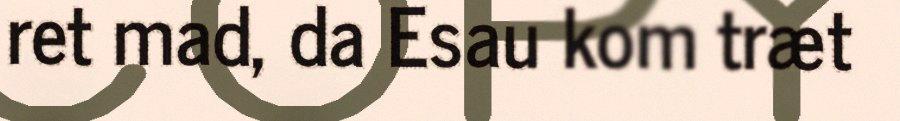
ret mad, da Esau kom træt